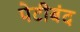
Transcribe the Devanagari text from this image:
पेटीबंद